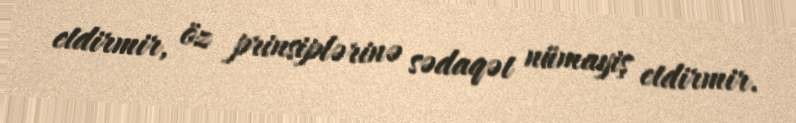
etdirmir, öz prinsiplərinə sədaqət nümayiş etdirmir.